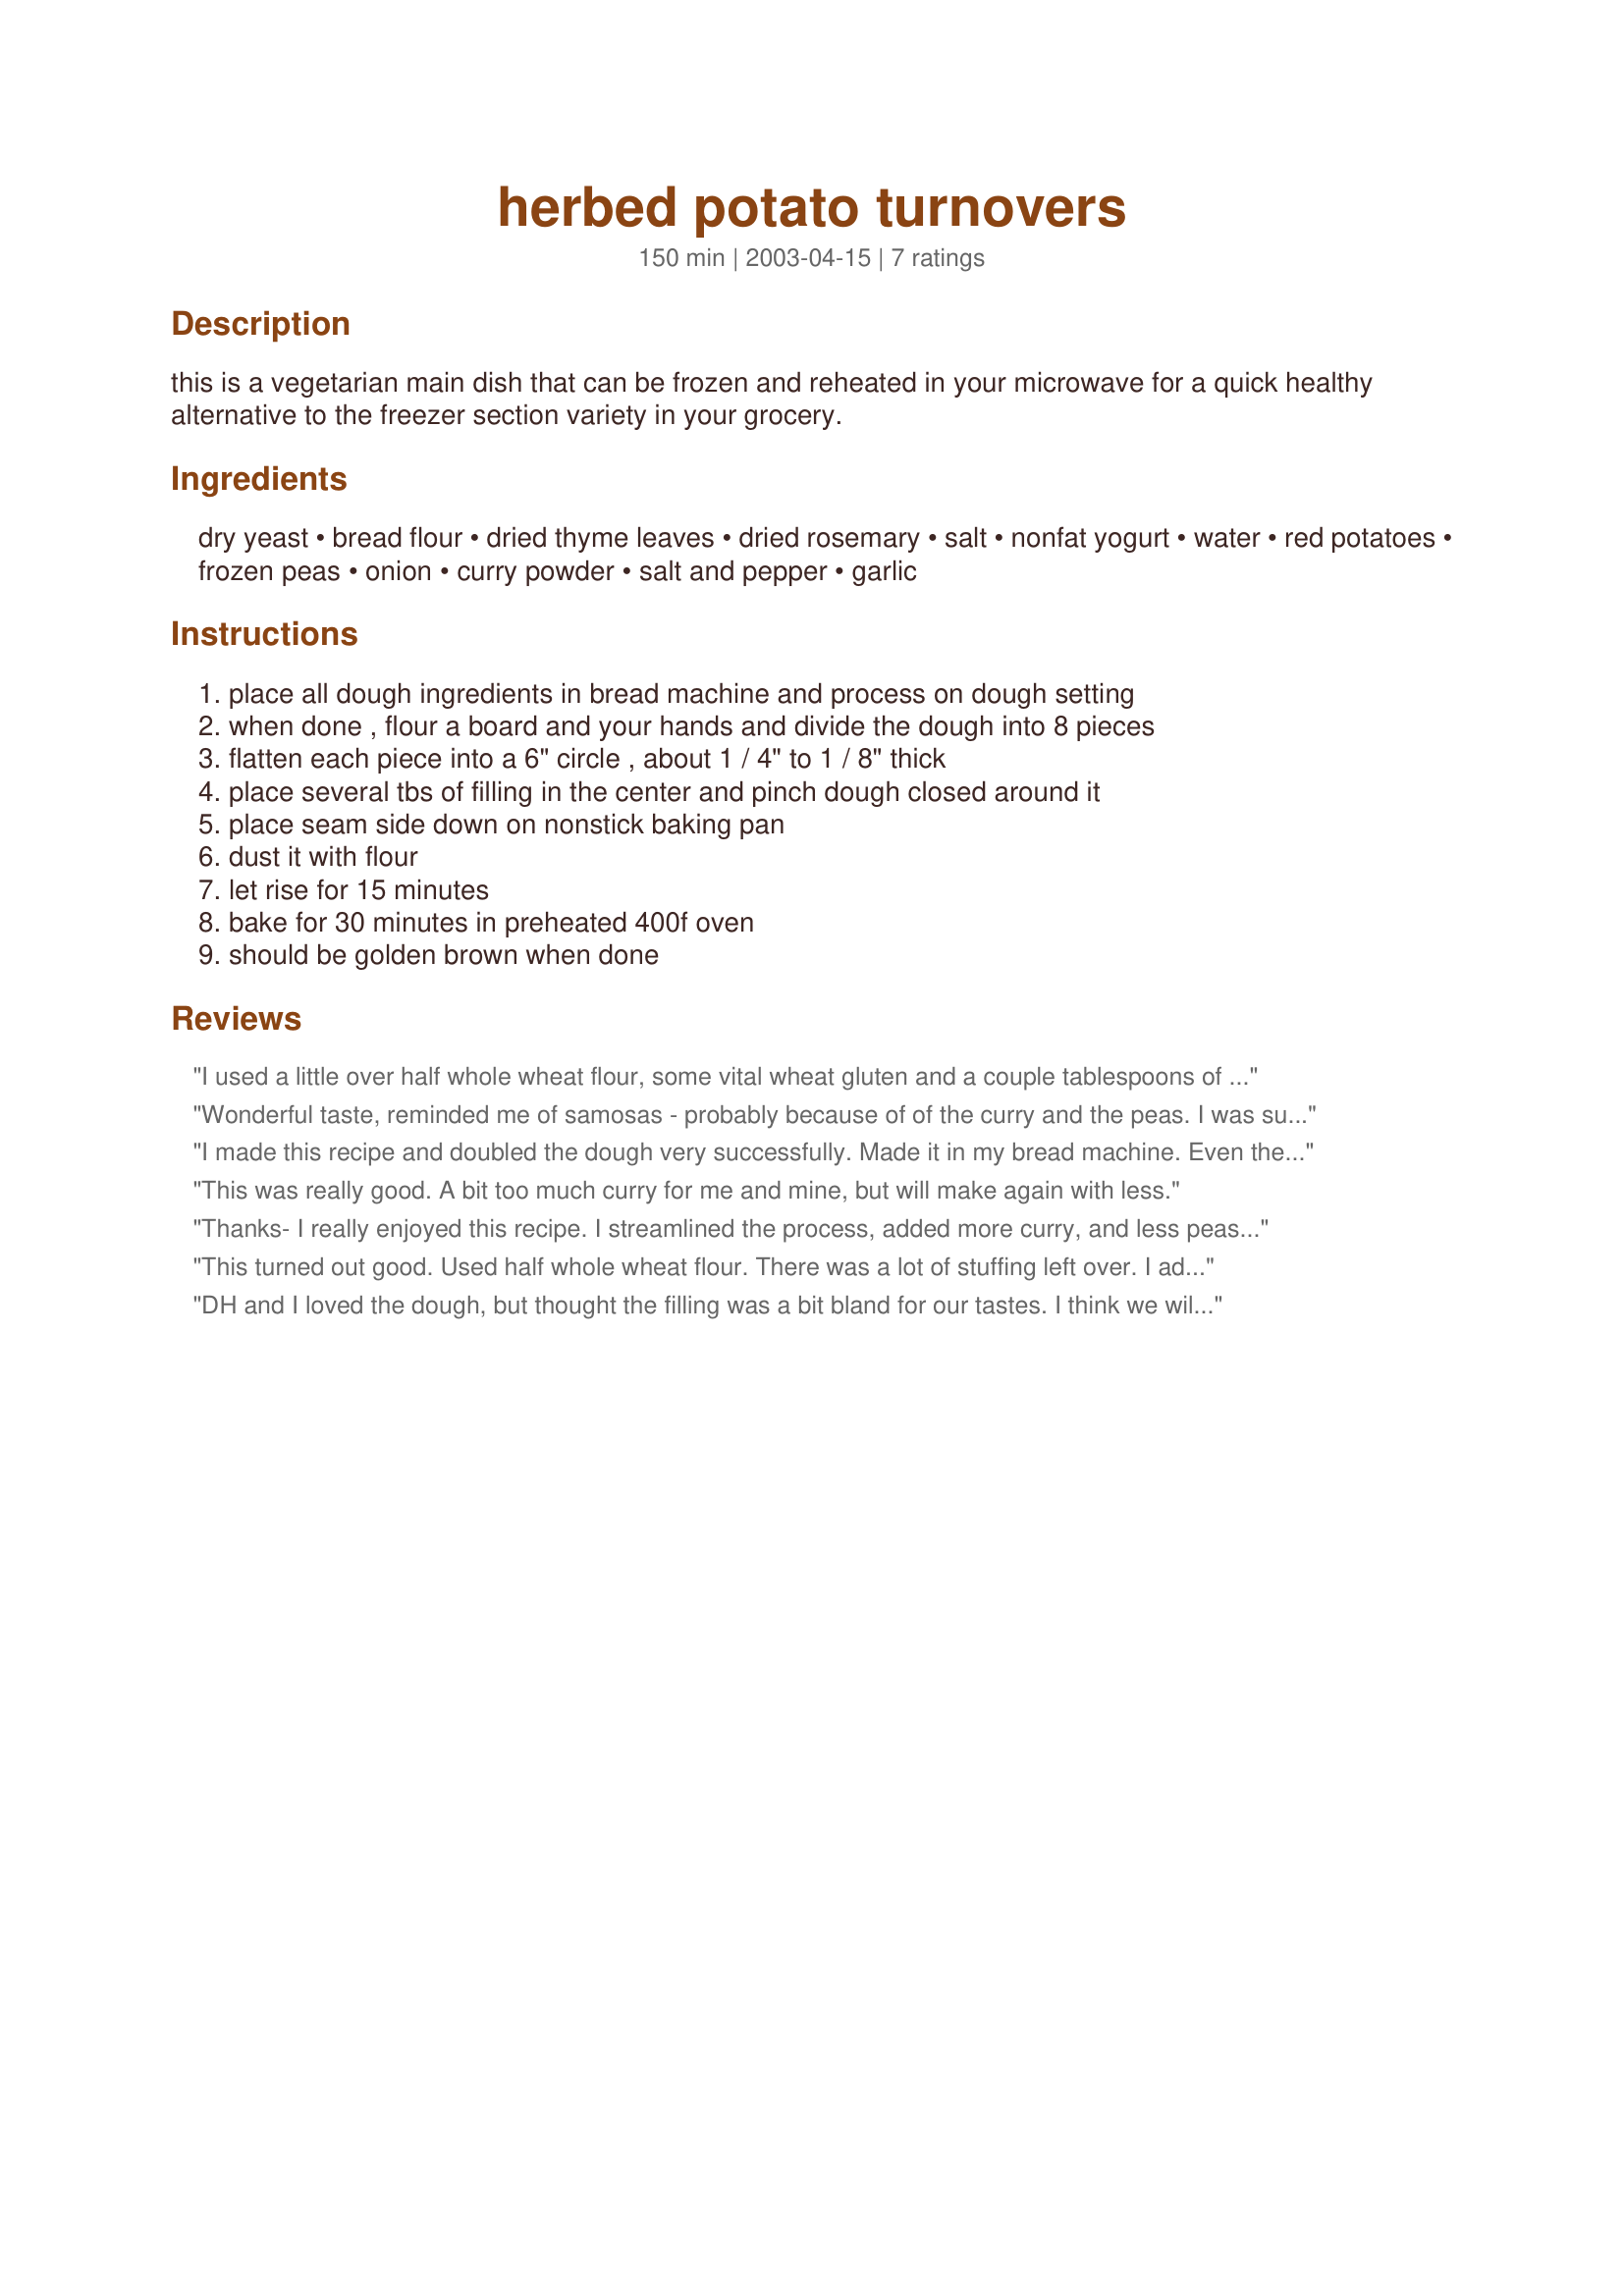
herbed potato turnovers
Preparation time: 150 minutes

this is a vegetarian main dish that can be frozen and reheated in your microwave for a quick healthy alternative to the freezer section variety in your grocery.

Ingredients:
dry yeast, bread flour, dried thyme leaves, dried rosemary, salt, nonfat yogurt, water, red potatoes, frozen peas, onion, curry powder, salt and pepper, garlic

Steps:
place all dough ingredients in bread machine and process on dough setting, when done , flour a board and your hands and divide the dough into 8 pieces, flatten each piece into a 6" circle , about 1 / 4" to 1 / 8" thick, place several tbs of filling in the center and pinch dough closed around it, place seam side down on nonstick baking pan, dust it with flour, let rise for 15 minutes, bake for 30 minutes in preheated 400f oven, should be golden brown when done

Reviews:
I used a little over half whole wheat flour, some vital wheat gluten and a couple tablespoons of flax seed mill in my double batch experimentation. Also, I only made two of the turnovers with the suggested filling, but added red pepper flakes as another user suggested. I spaced putting my minced garlic into these two, unfortunately, but they were still pretty tasty. I think I would use more curry and be certain to include the garlic next time. I filled the other turnovers with a variety of things, and from the delightful outcomes, I would say the options are limitless. If you have something specific in mind you might consider whether the thyme and rosemary would be complimentary. All in all, I was greatly satisfied with the results and will enjoy further experimenting with the recipe. Thanks for posting!
Wonderful taste, reminded me of samosas - probably because of of the curry and the peas. I was surprised to find that they looked like little bread rolls (with a lovely steamy surprise inside them!), and had a proper crust on them too. I was worried that potatoes might not have time to cook, but there was no reason to worry, they were perfectly done. I found though that there was double the filling that was actually used, so next time - and there will be a next time! - I'll either double the dough or half the filling. Very tasty.
I made this recipe and doubled the dough very successfully. Made it in my bread machine. Even then I had filling leftover - so I added it to my slow roasted lamb cooking in the oven!
This was really good. A bit too much curry for me and mine, but will make again with less.
Thanks- I really enjoyed this recipe. I streamlined the process, added more curry, and less peas to suit my taste. Would have been good as it was, but I needed to change the process so I could have them ready for work today. Start to finish was about 40 minutes and they still turned out great. Can't wait to add this to my OAMC plans!<br/>Update: Love, love, love these. I change up the filling sometimes to suit the taster. I make potato cheese for my daughter. I haven't made these in a while and can't wait to make them again.
This turned out good. Used half whole wheat flour. There was a lot of stuffing left over. I added a little extra curry powder and red chili flakes as we like our food spicy. I love that it is low fat. I froze them for lunches on the go, and it reheats great. Thanks for posting.
DH and I loved the dough, but thought the filling was a bit bland for our tastes. I think we will use the dough again with some different fillings. Thanks for posting.
